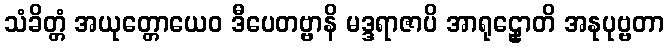
သံခိတ္တံ အယုတ္တောယေဝ ဒီပေတဗ္ဗာနိ မဒ္ဒရာဇာပိ အာရုဠှောတိ အနုပုဗ္ဗတာ